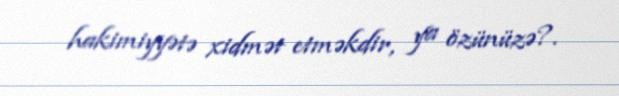
hakimiyyətə xidmət etməkdir, ya özünüzə?.